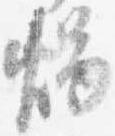
燭